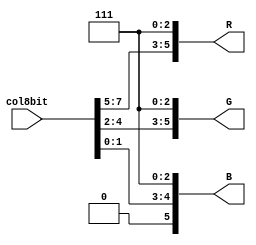
module color_encoder(
    input [7:0] col8bit,
    output [5:0] R,
    output [5:0] G,
    output [5:0] B
);

    assign R = {col8bit[7:5],3'b111};
    assign G = {col8bit[4:2],3'b111};
    assign B = {col8bit[1:0],3'b1111};

endmodule